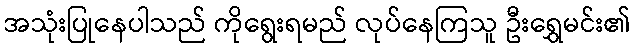
အသုံးပြုနေပါသည် ကိုရွေးရမည် လုပ်နေကြသူ ဦးရွှေမင်း၏